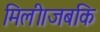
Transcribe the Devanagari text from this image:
मिली।जबकि